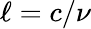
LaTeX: \ell=c/\nu